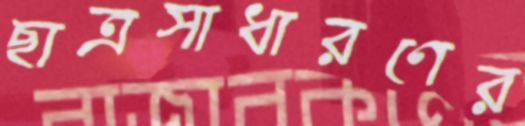
ছাত্রসাধারণের